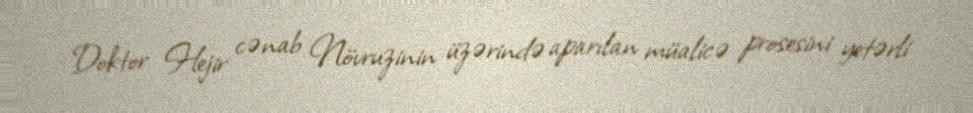
Doktor Hejir cənab Növruzinin üzərində aparılan müalicə prosesini yetərli